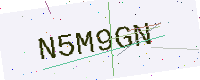
Text: N5M9GN